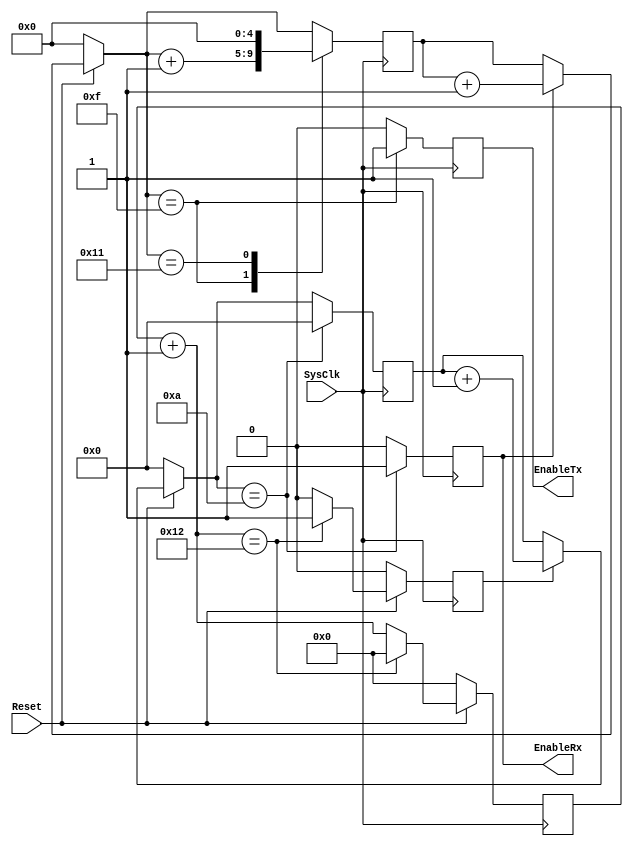
// File clkUnit.vhd translated with vhd2vl v2.0 VHDL to Verilog RTL translator
// Copyright (C) 2001 Vincenzo Liguori - Ocean Logic Pty Ltd - http://www.ocean-logic.com
// Modifications (C) 2006 Mark Gonzales - PMC Sierra Inc
// 
// vhd2vl comes with ABSOLUTELY NO WARRANTY
// ALWAYS RUN A FORMAL VERIFICATION TOOL TO COMPARE VHDL INPUT TO VERILOG OUTPUT 
// 
// This is free software, and you are welcome to redistribute it under certain conditions.
// See the license file license.txt included with the source for details.

//===========================================================================--
//
//  S Y N T H E Z I A B L E    miniUART   C O R E
//
//  www.OpenCores.Org - January 2000
//  This core adheres to the GNU public license  
// Design units   : miniUART core for the OCRP-1
//
//
// Purpose        : Implements an miniUART device for communication purposes 
//                  between the OR1K processor and the Host computer through
//                  an RS-233 communication protocol.
//                  
// Library        : uart_lib.vhd
//
// Dependencies   : IEEE.Std_Logic_1164
//
//===========================================================================--
//-----------------------------------------------------------------------------
// Revision list
// Version   Author              Date                Changes
//
// 1.0     Ovidiu Lupas      15 January 2000         New model
// 1.1     Ovidiu Lupas      28 May 2000     EnableRx/EnableTx ratio corrected
//      olupas@opencores.org
//-----------------------------------------------------------------------------
// Description    : Generates the Baud clock and enable signals for RX & TX
//                  units. 
//-----------------------------------------------------------------------------
// Entity for Baud rate generator Unit - 9600 baudrate                       --
//-----------------------------------------------------------------------------
//-----------------------------------------------------------------------------
// Baud rate generator
//-----------------------------------------------------------------------------
`timescale 1ns/1ps

module ClkUnit(
SysClk,
EnableRx,
EnableTx,
Reset
);

input SysClk;    // System Clock
output EnableRx; // Control signal
output EnableTx; // Control signal
input Reset;

wire   SysClk;
wire   EnableRx;
wire   EnableTx;
wire   Reset;

// Reset input

//================== End of entity ==============================--
//-----------------------------------------------------------------------------
// Architecture for Baud rate generator Unit
//-----------------------------------------------------------------------------
//---------------------------------------------------------------------------
// Signals
//---------------------------------------------------------------------------
reg  ClkDiv33;
reg  tmpEnRX;
reg  tmpEnTX;
reg [5:0] Cnt33;
reg [4:0] Cnt16;
reg [3:0] Cnt10;

  //---------------------------------------------------------------------------
  // Divides the system clock of 40 MHz by 26
  //---------------------------------------------------------------------------

  always @(posedge SysClk) 
  begin 

    if(~Reset) begin
      Cnt33 = 6'b0;
      ClkDiv33 <= 1'b0;
    end
    else begin
      Cnt33 = Cnt33 + 6'b000001;
      case(Cnt33)
      	//6'b100001 : begin // 50MHz
      	6'b010010 : begin   // 27MHz
        					ClkDiv33 <= 1'b1;
        				   Cnt33 = 6'b0;
      					end
      	default:    begin
        				   ClkDiv33 <= 1'b0;
      				   end
      endcase
    end
  end

  //---------------------------------------------------------------------------
  // Provides the EnableRX signal, at ~ 155 KHz
  //---------------------------------------------------------------------------
  always @(posedge SysClk) 
  begin 

    if(~Reset) begin
      Cnt10 = 4'b0000;
      tmpEnRX <= 1'b0;
    end
    else if(ClkDiv33) begin
      Cnt10 = Cnt10 + 4'b0001;
    end

    case(Cnt10)
    4'b1010 : begin
      		  tmpEnRX <= 1'b 1;
      		  Cnt10 = 4'b0000;
    			  end
    default : begin
    			  tmpEnRX <= 1'b 0;
    			  end
    endcase

  end

  //---------------------------------------------------------------------------
  // Provides the EnableTX signal, at 9.6 KHz
  //---------------------------------------------------------------------------
  always @(posedge SysClk) 
  begin 

    if(~Reset) begin
      Cnt16 = 5'b00000;
      tmpEnTX <= 1'b0;
    end
    else if(tmpEnRX == 1'b1) begin
      Cnt16 = Cnt16 + 5'b00001;
    end
    case(Cnt16)
    5'b01111 : begin
      tmpEnTX <= 1'b1;
      Cnt16 = Cnt16 + 5'b00001;
    end
    5'b10001 : begin
      Cnt16 = 5'b00000;
      tmpEnTX <= 1'b0;
    end
    default : begin
      tmpEnTX <= 1'b0;
    end
    endcase

  end

  assign EnableRx = tmpEnRX;
  assign EnableTx = tmpEnTX;
//==================== End of architecture ===================--

endmodule